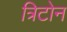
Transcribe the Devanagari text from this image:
त्रिटोन